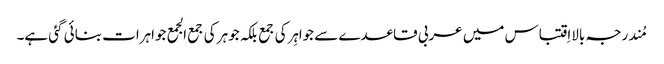
مُندرجہ بالااِقتباس میں عربی قاعدے سے جواہِرکی جمع بلکہ جوہر کی جمع الجمع جواہرات بنائی گئی ہے۔